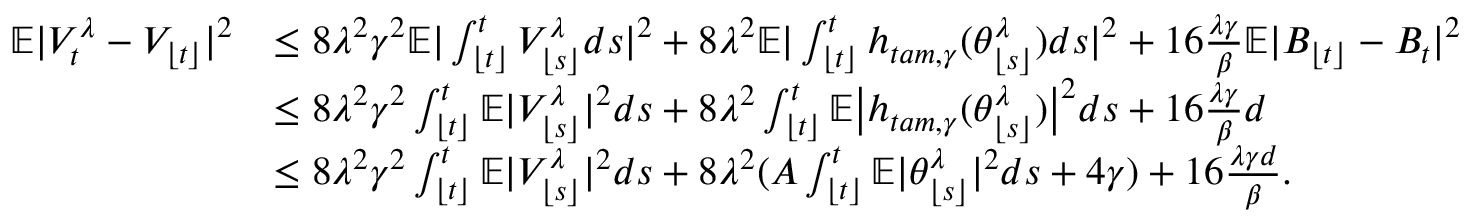
\begin{array} { r l } { \mathbb { E } | V _ { t } ^ { \lambda } - V _ { \lfloor t \rfloor } | ^ { 2 } } & { \leq 8 \lambda ^ { 2 } \gamma ^ { 2 } \mathbb { E } | \int _ { \lfloor t \rfloor } ^ { t } V _ { \lfloor s \rfloor } ^ { \lambda } d s | ^ { 2 } + 8 \lambda ^ { 2 } \mathbb { E } | \int _ { \lfloor t \rfloor } ^ { t } h _ { t a m , \gamma } ( \theta _ { \lfloor s \rfloor } ^ { \lambda } ) d s | ^ { 2 } + 1 6 \frac { \lambda \gamma } { \beta } \mathbb { E } | B _ { \lfloor t \rfloor } - B _ { t } | ^ { 2 } } \\ & { \leq 8 \lambda ^ { 2 } \gamma ^ { 2 } \int _ { \lfloor t \rfloor } ^ { t } \mathbb { E } | V _ { \lfloor s \rfloor } ^ { \lambda } | ^ { 2 } d s + 8 \lambda ^ { 2 } \int _ { \lfloor t \rfloor } ^ { t } \mathbb { E } \big | h _ { t a m , \gamma } ( \theta _ { \lfloor s \rfloor } ^ { \lambda } ) \big | ^ { 2 } d s + 1 6 \frac { \lambda \gamma } { \beta } d } \\ & { \leq 8 \lambda ^ { 2 } \gamma ^ { 2 } \int _ { \lfloor t \rfloor } ^ { t } \mathbb { E } | V _ { \lfloor s \rfloor } ^ { \lambda } | ^ { 2 } d s + 8 \lambda ^ { 2 } ( A \int _ { \lfloor t \rfloor } ^ { t } \mathbb { E } | \theta _ { \lfloor s \rfloor } ^ { \lambda } | ^ { 2 } d s + 4 \gamma ) + 1 6 \frac { \lambda \gamma d } { \beta } . } \end{array}